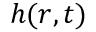
h ( r , t )